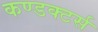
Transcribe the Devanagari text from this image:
कण्डक्टर्स